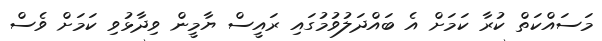
މަސައްކަތް ކުރާ ކަމަށް އެ ބައްދަލުވުމުގައި ރައީސް ޔާމީން ވިދާޅުވި ކަމަށް ވެސް